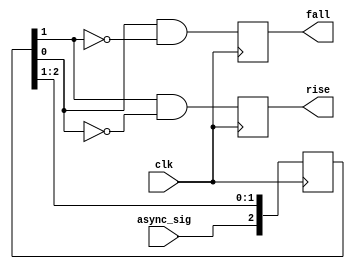
//button debouncer

/*
maquina de estados el estado idle esta en espera de pb=activo y empieza a contar,
si se llega a el valor maximo del registro sin que exista un solo cero se toma
como boton activo.

para indicar que hubo un botonazo se levanta un reg Debounced_PB
durante cierto numero de clk's definidos por el ancho de un registro
bandera, al desbordarse este pasa a el estado idle de nuevo para esperar
otro boton.

es necesario un reset asincrono para los dos contadores

*/


//module PushButton_Debouncer(input wire clk, //senial de 24MHz
//									input wire PB, //entrada con asyncrona y con rebotes
//								output reg PB_Out	//salida de un pulso despues de estabilzar el boton
// );
// 
// parameter Debounce_cntr_width = 25; //ancho del contador de rebotes al desbordarse pasa a otro contador
// parameter Flag_cntr_width = 8;
// reg [Debounce_cntr_width-1:0] Debounce_cntr= 'b0;
// reg [Flag_cntr_width-1:0] Flag_cntr = 'b0;
// 
// reg var_st; //variable de estado
// 
// 
// always@(posedge clk)
// begin
//	case(var_st)
//		1'b0:
//			if(Debounce_cntr < 25'b1111_1111_1111_1111_1111_1110_1 && ~PB)begin //boton activo en bajo
//				Debounce_cntr <= Debounce_cntr +1'b1;
//				PB_Out <= 1'b0;			
//			end else begin
//			var_st = 1'b1; //cambio al sigiente estado
//			Debounce_cntr  <= 'b0; //clear cntr_reg
//			end
//		
//		1'b1:
//			if(Flag_cntr < 8'b1111_1111)begin
//				Flag_cntr <= Flag_cntr + 1'b1;
//				PB_Out <= 1'b1;
//			end else begin
//				Flag_cntr <= 'b0;
//				PB_Out <= 1'b0;
//				var_st = 1'b1;
//			end
//		default: var_st = 1'b0;
//	endcase 
// end 
//endmodule
//



//detector de flancos
module PushButton_Debouncer (input async_sig,
                    input clk,
                    output reg rise,
                    output reg fall);

  reg [1:3] resync;

  always @(posedge clk)
  begin
    // detect rising and falling edges.
    rise <= resync[2] & !resync[3];
    fall <= resync[3] & !resync[2];
    // update history shifter.
    resync <= {async_sig , resync[1:2]};
  end

endmodule



//module PushButton_Debouncer (reset, clk, noisy, clean);
//   input reset, clk, noisy;
//   output clean;
//
//   parameter NDELAY = 650000;
//   parameter NBITS = 20;
//
//   reg [NBITS-1:0] count;
//   reg xnew, clean;
//
//   always @(posedge clk)
//     if (reset) begin xnew <= noisy; clean <= noisy; count <= 0; end
//     else if (noisy != xnew) begin xnew <= noisy; count <= 0; end
//     else if (count == NDELAY) clean <= xnew;
//     else count <= count+1'b1;
//
//endmodule


/*
module PushButton_Debouncer (noisy,clk_1KHz,debounced);

input wire clk_1KHz, noisy;
output reg debounced;

reg [37:0] regi;

//reg: wait for stable
always @ (posedge clk_1KHz) 
begin
regi[37:0] <= {regi[36:0],noisy}; //shift register
if(regi[37:0] == 38'b0)
  debounced <= 1'b0;
else if(regi[37:0] == 38'b1)
  debounced <= 1'b1;
else debounced <= debounced;
end

endmodule
*/
/*
module PushButton_Debouncer(input clk, input PB, output Debounced_PB);

reg [15:0] Active_cntr = 16'b0; //contador que se incrementa mientras pb este presionado
reg [4:0] On_flag = 5'b0; //contador que corresponde a el tiempo en que la senial de presionado estara en alto
reg[1:0] State_var=2'b01;  //variable de estado
reg Button= 1'b0;
wire Active_rst, on_rst;
assign Debounced_PB = Button;
assign Active_rst = &Active_cntr;
assign on_rst = &On_flag;


always@(posedge clk or negedge Active_rst or negedge on_rst)begin
	case(State_var)
	2'b01:
	if(~PB && ~Active_rst) begin
		Active_cntr <= Active_cntr +1'b1;
	end
	else begin
		Active_cntr <= 16'b0;
	end
	
	
	2'b10:
	if(~on_rst)begin
		On_flag <= On_flag + 1'b1;
		Button <= 1'b1;
	end
	else begin
	On_flag <= 5'b0;
	Button <= 1'b0;
	end
	
	
	default: State_var <= 2'b01;
	
	
	endcase
end

endmodule


*/
/*
module PushButton_Debouncer(clk, PB, PB_state, PB_up, PB_down);
input clk;  // "clk" is the clock
input PB;  // "PB" is the glitched, asynchronous, active low push-button signal

output PB_state;  // 1 while the push-button is active (down)
output PB_down;  // 1 when the push-button goes down (just pushed)
output PB_up;  // 1 when the push-button goes up (just released)

// First use two flipflops to synchronize the PB signal the "clk" clock domain
reg PB_sync_0;  always @(posedge clk) PB_sync_0 <= ~PB;  // invert PB to make PB_sync_0 active high
reg PB_sync_1;  always @(posedge clk) PB_sync_1 <= PB_sync_0;

// Next declare a 16-bits counter
reg [24:0] PB_cnt;

// When the push-button is pushed or released, we increment the counter
// The counter has to be maxed out before we decide that the push-button state has changed

reg PB_state;  // state of the push-button (0 when up, 1 when down)
wire PB_idle = (PB_state==PB_sync_1);
wire PB_cnt_max = &PB_cnt;	// true when all bits of PB_cnt are 1's

always @(posedge clk)
if(PB_idle)begin
    PB_cnt <= 0;  // nothing's going on
	 PB_state <= 0;
	 end
else
begin
    PB_cnt <= PB_cnt + 1;  // something's going on, increment the counter
    if(PB_cnt_max) PB_state <= ~PB_state;  // if the counter is maxed out, PB changed!
end

wire PB_down = ~PB_state & ~PB_idle & PB_cnt_max;  // true for one clock cycle when we detect that PB went down
wire PB_up   =  PB_state & ~PB_idle & PB_cnt_max;  // true for one clock cycle when we detect that PB went up

endmodule

*/